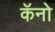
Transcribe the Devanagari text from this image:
कॅनो